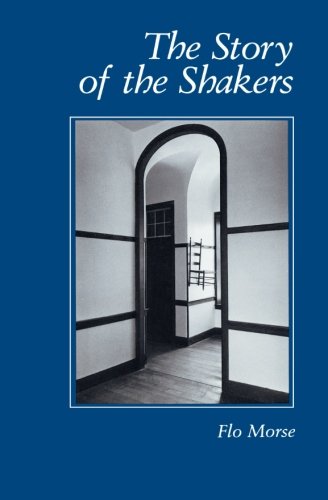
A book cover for The Story of the Shakers; Flo Morse; Christian Books & Bibles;